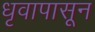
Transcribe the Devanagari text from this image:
धृवापासून